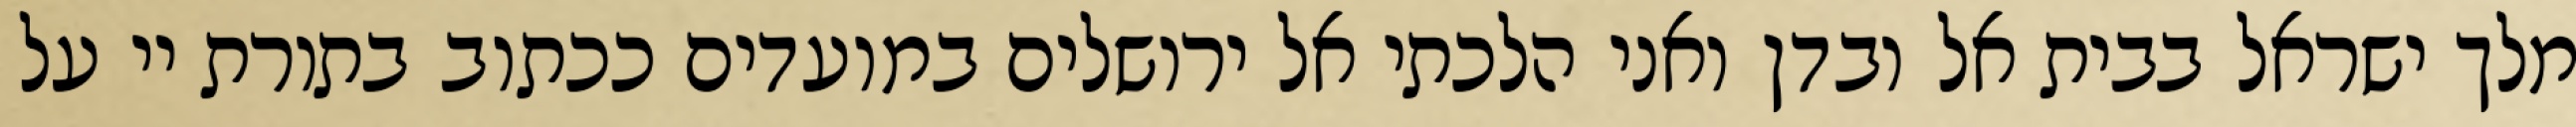
מלך ישראל בבית אל ובדן ואני הלכתי אל ירושלים במועדים ככתוב בתורת יי על